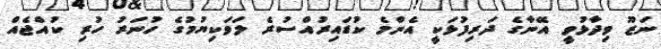
ނަޒޫ ވިދާޅުވީ އޭނާގެ ދަރިފުޅަކީ އެންމެ ކުޑައިރުއްސުރެ ލަވަކިޔުމުގެ ހުނަރު ހުރި ކުއްޖެއް